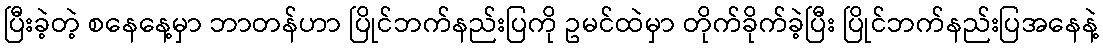
ပြီးခဲ့တဲ့ စနေနေ့မှာ ဘာတန်ဟာ ပြိုင်ဘက်နည်းပြကို ဥမင်ထဲမှာ တိုက်ခိုက်ခဲ့ပြီး ပြိုင်ဘက်နည်းပြအနေနဲ့